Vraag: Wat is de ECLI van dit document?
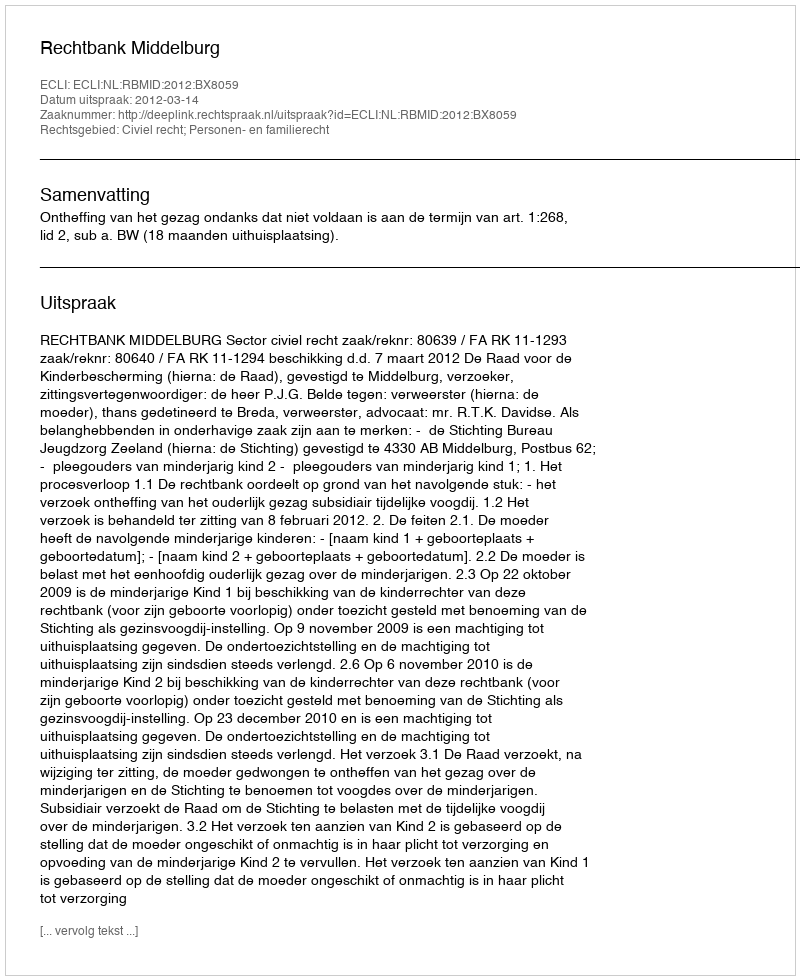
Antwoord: ECLI:NL:RBMID:2012:BX8059